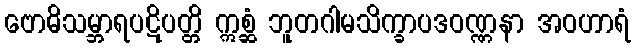
ဗောဓိသမ္ဘာရပဋိပတ္တိ ဣစ္ဆံ ဘူတဂါမသိက္ခာပဒဝဏ္ဏနာ အဝဟာရံ